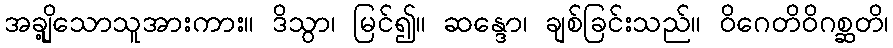
အချို့သောသူအားကား။ ဒိသွာ၊ မြင်၍။ ဆန္ဒော၊ ချစ်ခြင်းသည်။ ဝိဂေတိဝိဂစ္ဆတိ၊